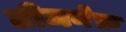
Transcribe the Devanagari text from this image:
तीज़नेफ़